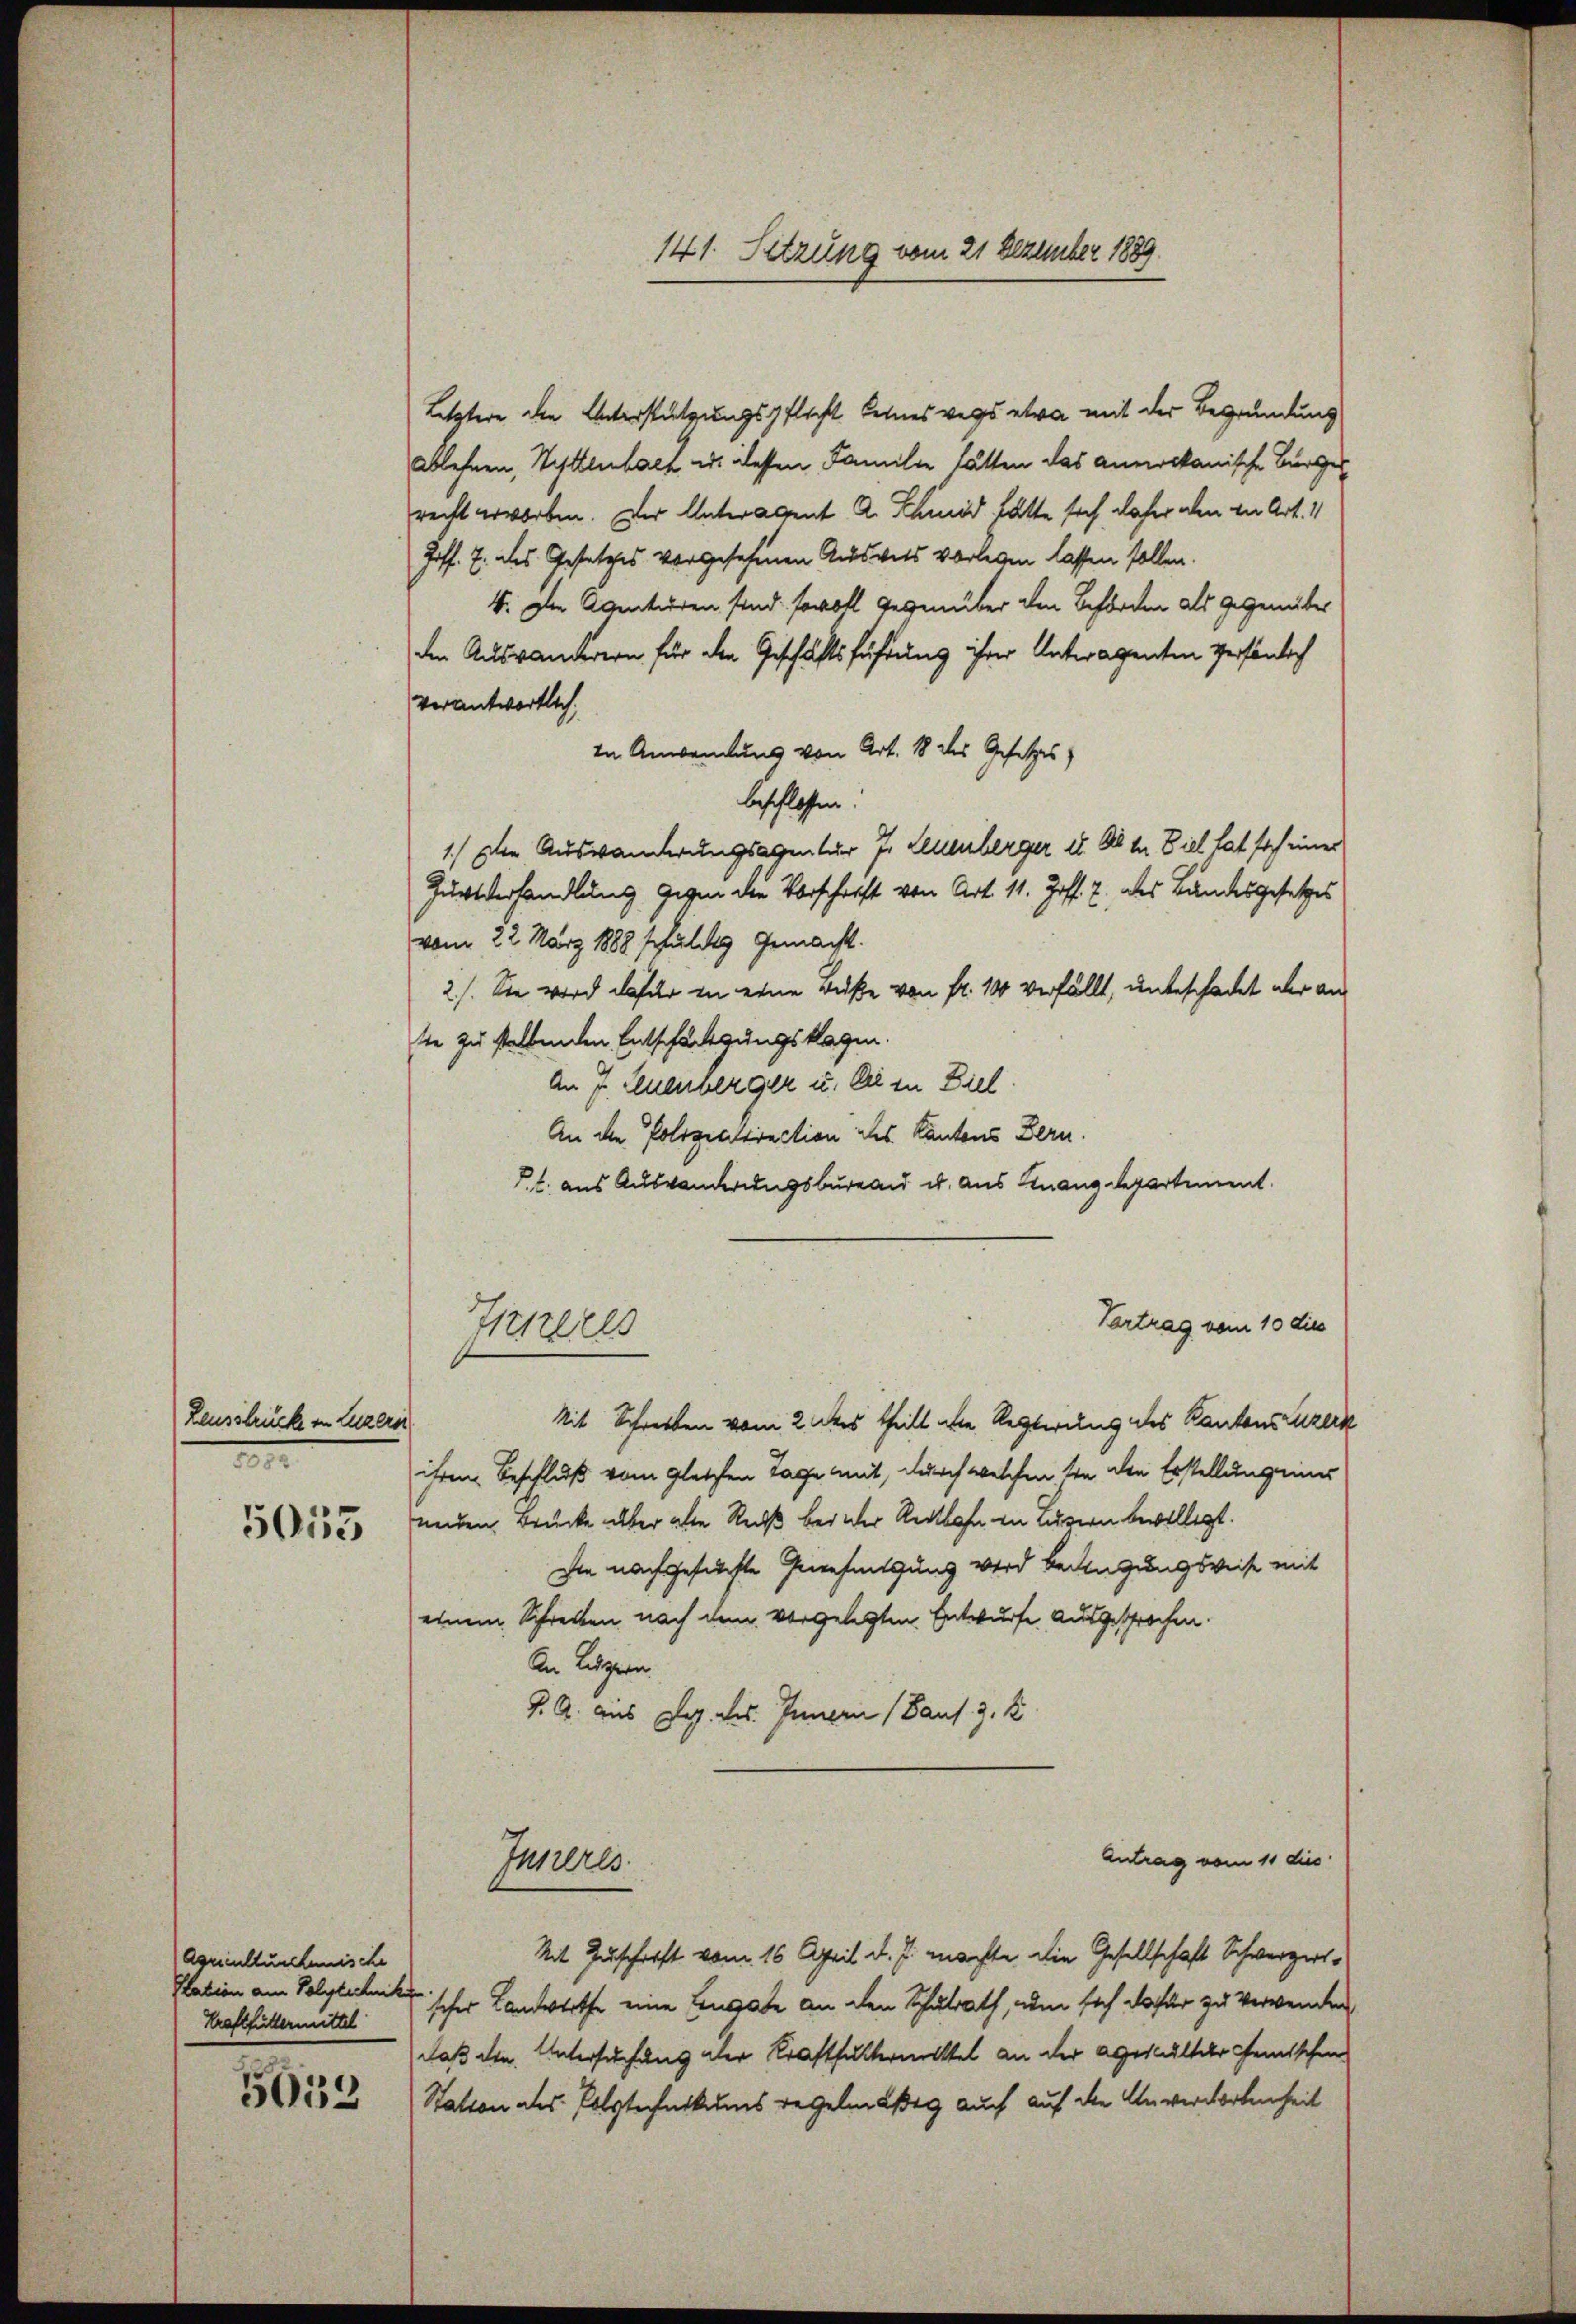
Leussbrücke in Luzern
1

5053

Agrienlturchanische
Station am Polytechnike
Kraftfuttermittel

5633

Letztere den Unterstützungspflicht keineswegs etwa mit der Begründung
ablehnen, Wyttenbach u. dessen Familie hätten das annockanische Bürger
recht erworben. Der Unteralent A. Schmid hätte sich daher oben in Art. 4
Zoff. 7. des Gesetzes vorgesehenen Ausweis vorlegen lassen sollen.
4. Die Agentieren sind, sowohl gegenüber den Behörden als gegenüber
den Auswanderern für den Geschäftsführung ihrer Unteragenten persönlich
verantwortlich,
In Anwendung von Art. 18 des Gesetzes)
beschlossen.
1.) Die Auswanderungsagentur 7. Leuenberger 11. Okt. Viel hat sich einer
Zurtverhandlung gegen die Vorschrift von Art. 11. Hoff. 7 des Bundesgesetzes
vom 22. März 1888 schuldig gemacht.
2.). Sie wird dafür in eine Buße von fr. 10 verfällt, unbeschadet der an
ste zu stellenden Entschädigungsklagen.
An 7. Leuenberger u. die in Ziel
An die Polizentirection des Kantons Bern.
P. l. aus Auswanderungsbureau u. aus Finanzdepartement.
Vertrag vom 10 dies
Ticheres
Mit Schreiben vom 2 des theilt aber Regierung des Kantons Luzerk
ihrem Beschluß vom gleichen Tage mit, durch welchen sie den Erstellung eines
nnden Brücke über alle Receß bei der Rechtlahn in Luzern bewilligt.
sie nachgefünfte Genehmigung wird beifügungsweise mit
einem Schreiben nach dem vorgelegten Entwurfe ausgesprochen.
An Luzern.
J. A. aus Dr. des Innern (aus 3. K
Antrag vom 11 dies
Jurieres
Mit Zuschrift vom 16. April d. J. machte die Gesellschaft Schwerzert-
ischer Landesrathe eine Lugabe an den Schulrath, nun sich dafür zu verwenden
daß die Untersuchung der Krafthaltermittel an der gestalter Gemischen
Station des Polytechnikums regelmäßig auch auf die Anverwortenheit

141. Setzung vom 21 Dezember 1889